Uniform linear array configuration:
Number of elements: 48
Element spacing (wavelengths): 0.5
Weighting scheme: uniform
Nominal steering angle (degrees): -30
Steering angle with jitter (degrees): -28.402
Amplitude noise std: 0.05
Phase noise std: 0.05

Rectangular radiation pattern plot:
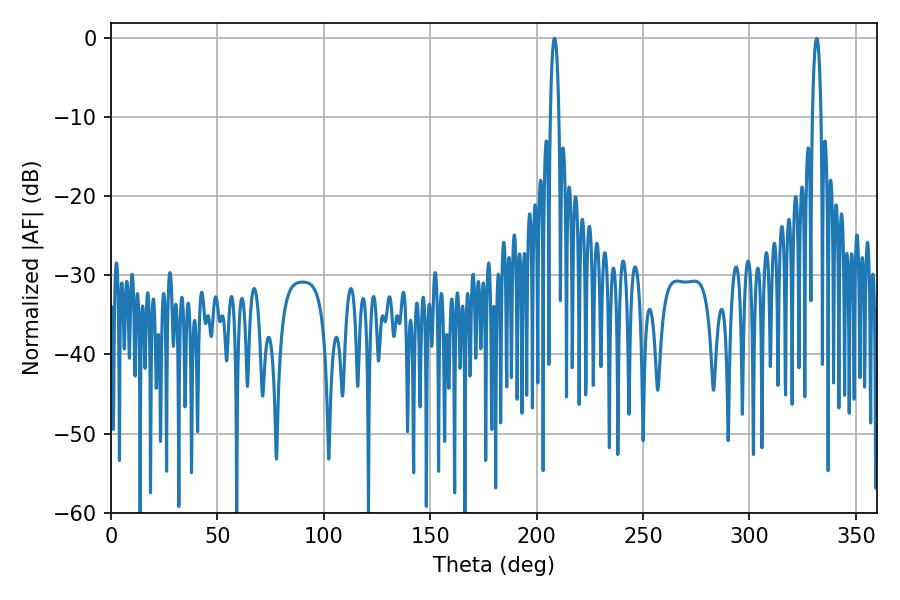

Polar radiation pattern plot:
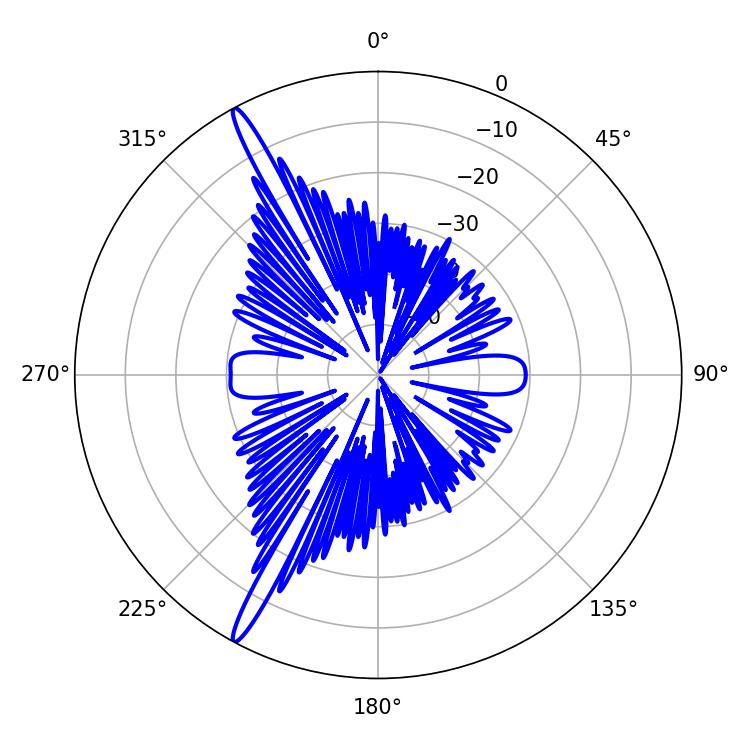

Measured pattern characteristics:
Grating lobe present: FALSE
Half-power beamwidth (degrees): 2.16
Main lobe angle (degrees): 331.56